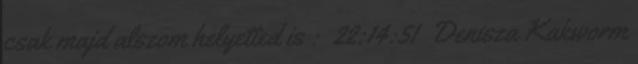
csak majd alszom helyetted is : 22:14:51 Denisza Kakworm